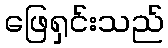
ဖြေရှင်းသည်